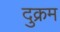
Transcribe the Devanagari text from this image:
दुक्रम